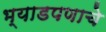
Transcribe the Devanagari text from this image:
भ्याडपणाचे